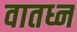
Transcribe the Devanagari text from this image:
वातध्न